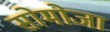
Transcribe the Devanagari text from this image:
सोमोजा